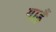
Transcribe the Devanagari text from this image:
गाड़ैं